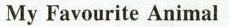
My Favourite Animal